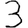
Digit: 3